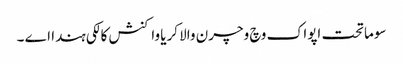
سوماتحت اپواک وچ وچرن والا کریا واکنش کالکی ہندا اے ۔